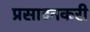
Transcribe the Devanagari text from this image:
प्रसादनकरी